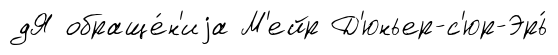
дЯ обраще́н'иjа М'ейр Д'юньер-с'юр-Эрь́